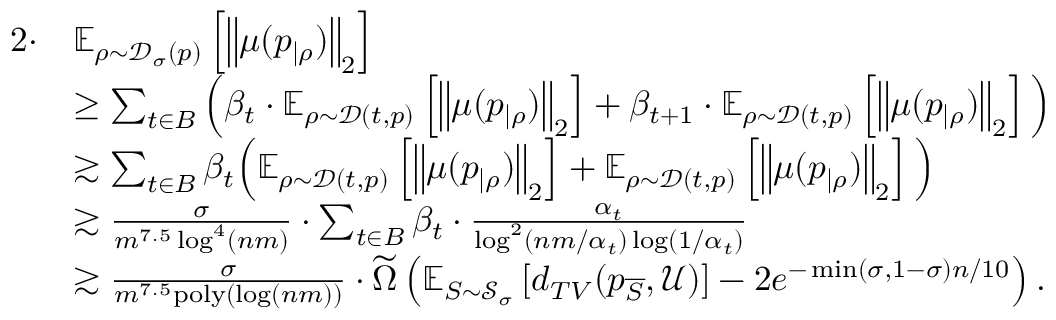
\begin{array} { r l } { 2 \cdot } & { \mathbb { E } _ { \rho \sim \mathcal { D } _ { \sigma } ( p ) } \left[ \left\| \mu ( p _ { | \rho } ) \right\| _ { 2 } \right] } \\ & { \geq \sum _ { t \in B } \Big ( \beta _ { t } \cdot \mathbb { E } _ { \rho \sim \mathcal { D } ( t , p ) } \left[ \left\| \mu ( p _ { | \rho } ) \right\| _ { 2 } \right] + \beta _ { t + 1 } \cdot \mathbb { E } _ { \rho \sim \mathcal { D } ( t , p ) } \left[ \left\| \mu ( p _ { | \rho } ) \right\| _ { 2 } \right] \Big ) } \\ & { \gtrsim \sum _ { t \in B } \beta _ { t } \Big ( \mathbb { E } _ { \rho \sim \mathcal { D } ( t , p ) } \left[ \left\| \mu ( p _ { | \rho } ) \right\| _ { 2 } \right] + \mathbb { E } _ { \rho \sim \mathcal { D } ( t , p ) } \left[ \left\| \mu ( p _ { | \rho } ) \right\| _ { 2 } \right] \Big ) } \\ & { \gtrsim \frac { \sigma } { m ^ { 7 . 5 } \log ^ { 4 } ( n m ) } \cdot \sum _ { t \in B } \beta _ { t } \cdot \frac { \alpha _ { t } } { \log ^ { 2 } ( n m / \alpha _ { t } ) \log ( 1 / \alpha _ { t } ) } } \\ & { \gtrsim \frac { \sigma } { m ^ { 7 . 5 } \mathrm { p o l y } ( \log ( n m ) ) } \cdot \widetilde { \Omega } \left( \mathbb { E } _ { S \sim \mathcal { S } _ { \sigma } } \left[ d _ { T V } ( p _ { \overline { { S } } } , \mathcal { U } ) \right] - 2 e ^ { - \operatorname* { m i n } ( \sigma , 1 - \sigma ) n / 1 0 } \right) . } \end{array}